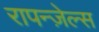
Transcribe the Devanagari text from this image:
रापन्ज़ेल्स